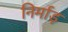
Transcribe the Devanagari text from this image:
निर्माड़